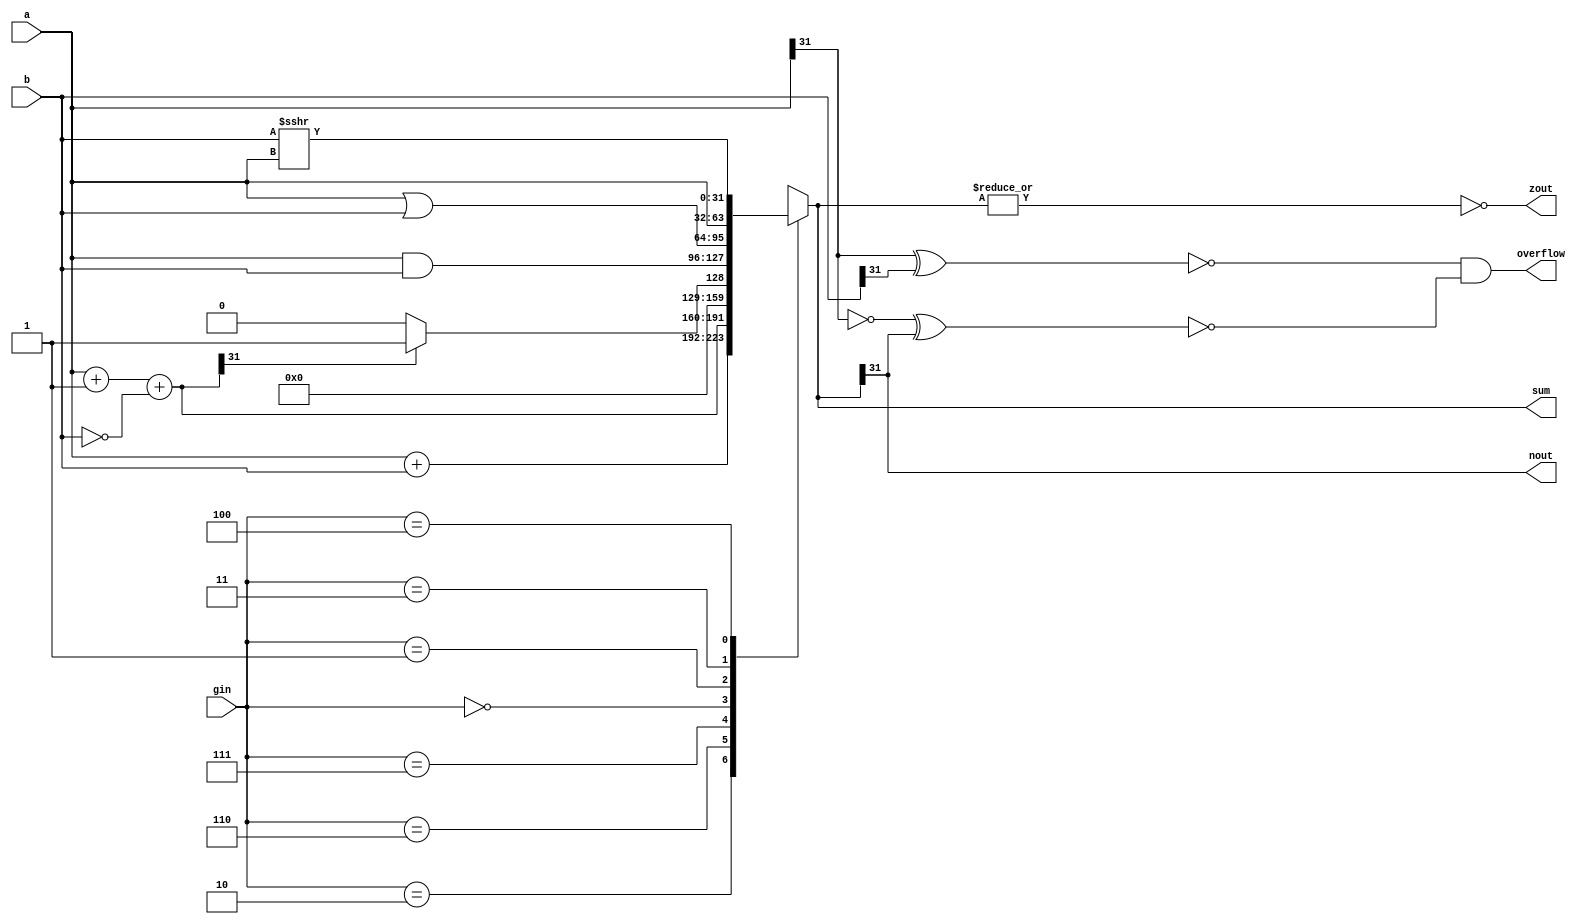
module alu32(sum,a,b,zout,gin,nout,overflow);//ALU operation according to the ALU control line values
output [31:0] sum;
input [31:0] a,b; 
input [2:0] gin;//ALU control line
reg [31:0] sum;
reg [31:0] less;
output zout, nout, overflow;
reg zout, nout, overflow;
always @(a or b or gin)
begin
	case(gin)
	3'b010: sum=a+b; 		//ALU control line=010, ADD
	3'b110: sum=a+1+(~b);	//ALU control line=110, SUB
	3'b111: begin less=a+1+(~b);	//ALU control line=111, set on less than
			if (less[31]) sum=1;	
			else sum=0;
		  end
	3'b000: sum=a & b;	//ALU control line=000, AND
	3'b001: sum=a|b;	//ALU control line=001, OR
	3'b011: sum=a;		//JALR
	3'b100: sum=b>>>a;	//SRLV
	default: sum=31'bx;	
	endcase
zout=~(|sum);
nout=sum[31];
overflow=~(a[31] ^ b[31]) & ~(~(a[31]) ^ sum[31]);	// (a xnor b) and (~a xnor sum)
end
endmodule